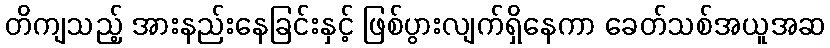
တိကျသည့် အားနည်းနေခြင်းနှင့် ဖြစ်ပွားလျက်ရှိနေကာ ခေတ်သစ်အယူအဆ